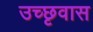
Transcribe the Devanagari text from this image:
उच्छृवास